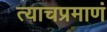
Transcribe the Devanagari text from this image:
त्याचप्रमाणं